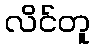
လိင်တူ